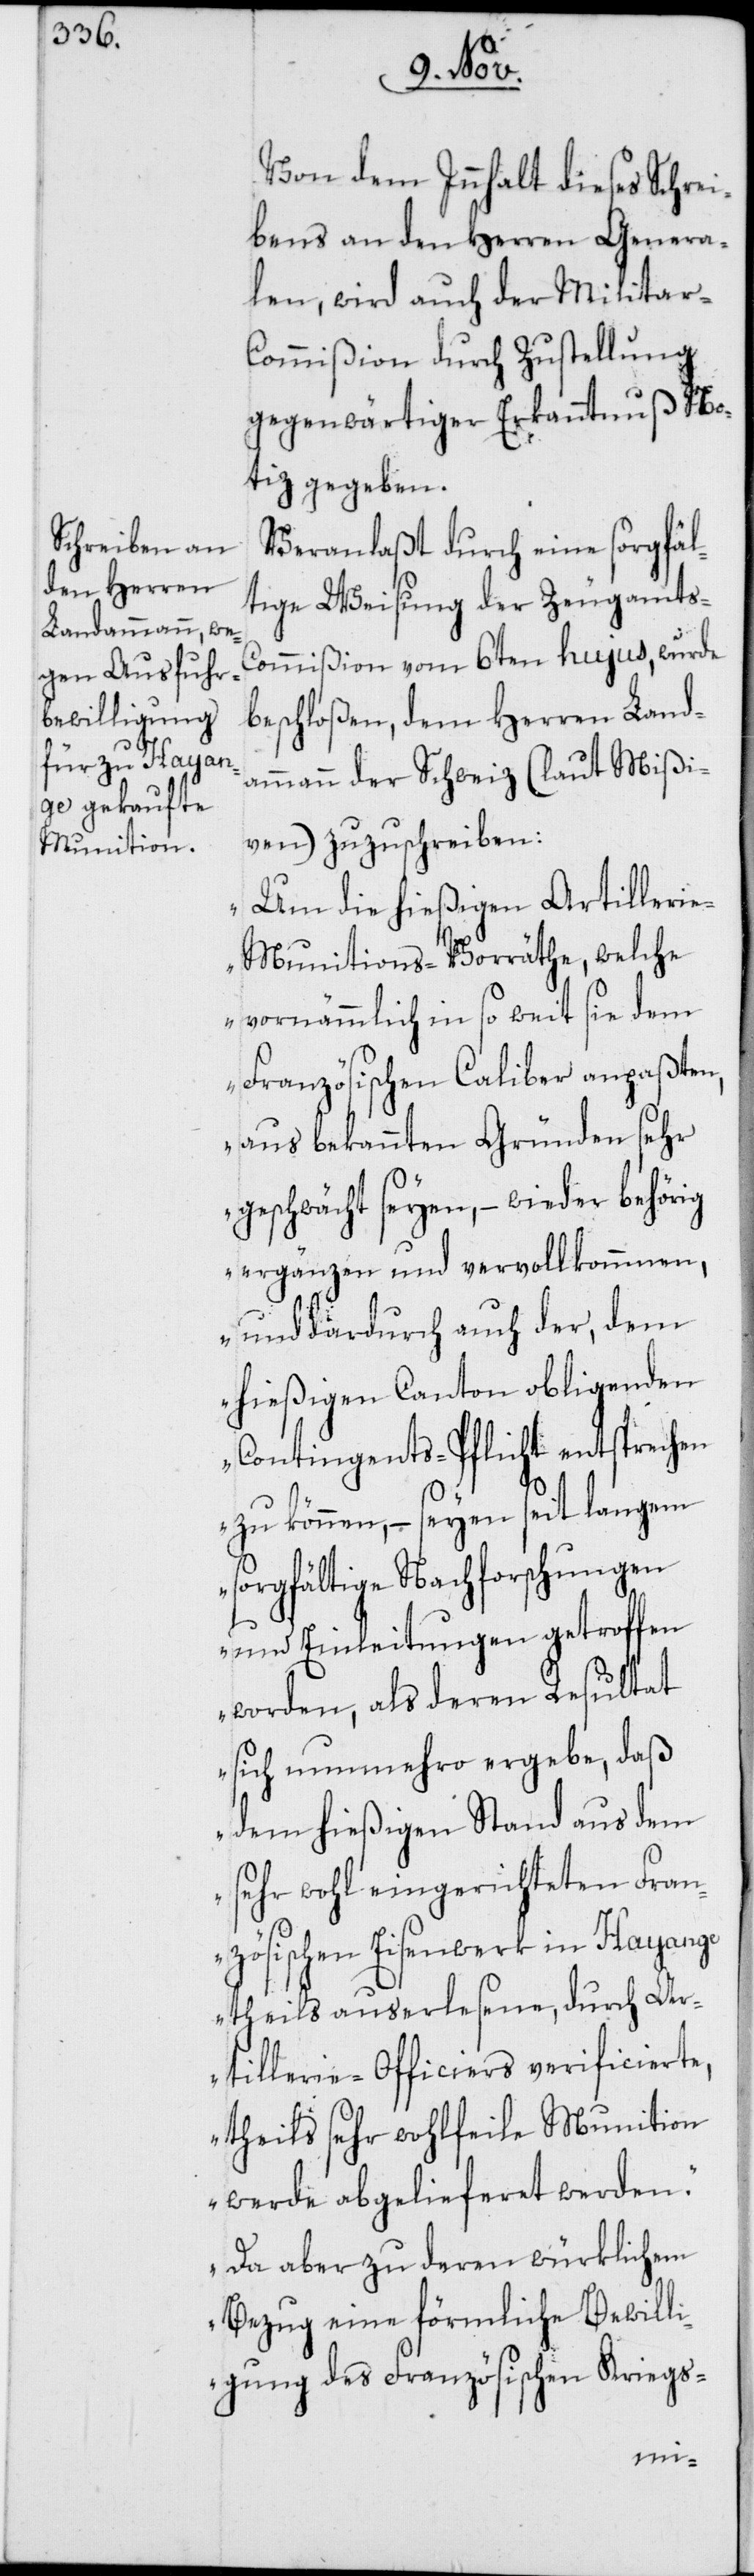
Von dem Innhalt dieses Schrei¬
bens an den Herren Genera¬
len, wird auch der Militar-C¬
ommißion durch Zustellung
gegenwärtiger Erkanntnuß No¬
tiz gegeben.
Veranlaßt durch eine sorgfäl¬
tige Weisung der Zeugamts-C¬
ommißion vom 6ten hujus, wurde
beschloßen, dem Herren Land¬
ammann der Schweiz (laut Mißi¬
ven) zuzuschreiben:
„Um die hießigen Artilleri¬
e-Munitions-Vorräthe, welche
vornämmlich in so weit sie dem
Französischen Caliber anpaßten,
aus bekannten Gründen sehr
geschwächt seyen, – wieder behörig
ergänzen und vervollkommnen,
und dardurch auch der, dem
hießigen Canton obliegenden
Contingents-Pflicht entsprechen
zu können, – seyen seit langem
sorgfältige Nachforschungen
und Einleitungen getroffen
worden, als deren Resultat
sich nunmehro ergebe, daß
dem hießigen Stand aus dem
sehr wohl eingerichteten Fran¬
zösischen Eisenwerk in Hayange
theils auserlesene, durch Ar¬
tillerie-Officiers verificierte,
theils sehr wohlfeile Munition
werde abgelieferet werden.
Da aber zu deren würklichem
Bezug eine förmliche Bewilli¬
gung des Französischen Kriegs-